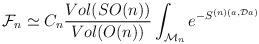
LaTeX: \begin{align*}{\cal F}_n\simeq C_n \frac{Vol(SO(n))}{Vol(O(n))}\int_{{\cal M}_n} e^{-S^{(n)(a,{\cal D}a)}}\end{align*}